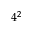
4 ^ { 2 }